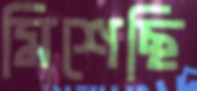
মিশেছি